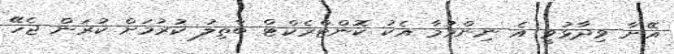
އޭނާ ވިދާޅުވީ އެ ނިންމުމާ އެކު ކޮންޓްރެކްޓް ބާތިލު ކުރުމަށް ކުރަން ޖެހޭ